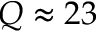
Q \approx 2 3